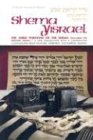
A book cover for Shema Yisroel: The Three Portions of the Shema Including the Bedtime Shema (Artscroll Mesorah); Meir Zlotowitz; Religion & Spirituality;